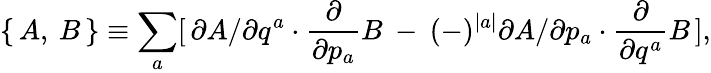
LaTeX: \{ \, A,\: B\, \} \equiv\sum_{a}[\, \partial A/\partial q^{a}\cdot\frac{\partial}{\partial p_{a}}B\: -\: (-)^{\mid a\mid}\partial A/\partial p_{a}\cdot\frac{\partial}{\partial q^{a}}B\, ],